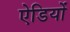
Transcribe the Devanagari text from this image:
ऐडियों